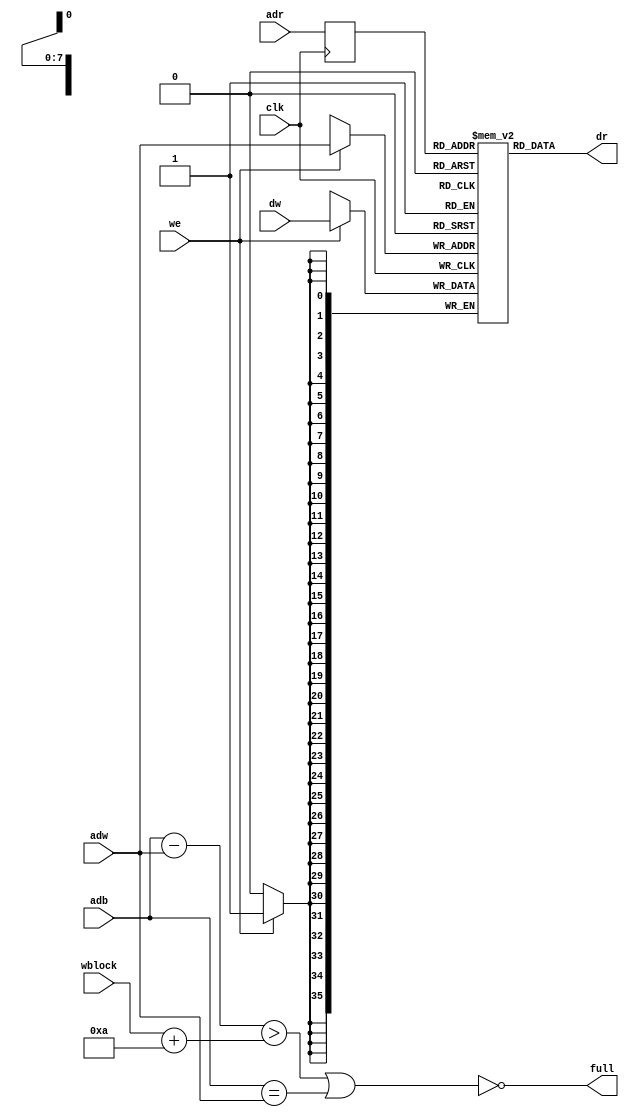
// This  Verilog HDL  source  file was  automatically generated
// by C++ model based on VPP library. Modification of this file
// is possible, but if you want to keep it in sync with the C++
// model,  please  modify  the model and re-generate this file.
// VPP library web-page: http://www.phys.ufl.edu/~madorsky/vpp/

// Timestamp : Tue Apr 19 16:46:26 2022

module best_memory
(
    adw,
    adr,
    adb,
    dw,
    dr,
    we,
    wblock,
    full,
    clk
);

    input [7:0] adw;
    input [7:0] adr;
    input [7:0] adb;
    input [35:0] dw;
    output [35:0] dr;
    input we;
    input [7:0] wblock;
    output full;
    input clk;

    reg [7:0] adrr;
    reg [35:0] mem [255:0];
    // synthesis attribute ram_style of mem is block
    wire [7:0] diff;
    assign diff = adb - adw;
    assign full = !((diff > (wblock + 10)) || (adb == adw));
    always @(posedge clk) 
    begin
        if (we) mem[adw] = dw;
        adrr = adr;
    end
    assign dr = mem[adrr];
endmodule